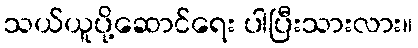
သယ်ယူပို့ဆောင်ရေး ပါပြီးသားလား။